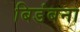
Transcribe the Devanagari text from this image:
बिडंबना